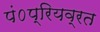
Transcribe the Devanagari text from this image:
पं०प्रियव्रत